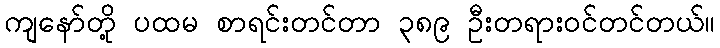
ကျနော်တို့ ပထမ စာရင်းတင်တာ ၃၈၉ ဦးတရားဝင်တင်တယ်။